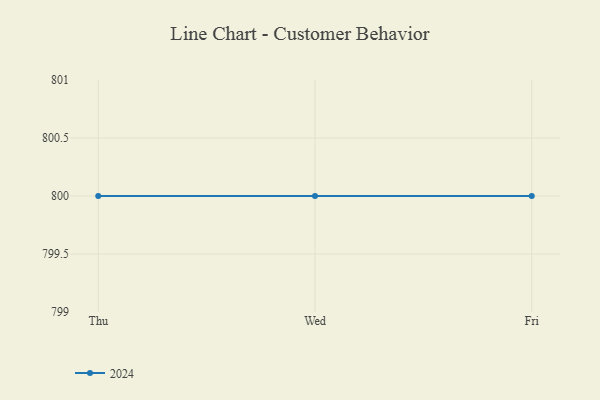
{"axis": {"x": "Day", "y": "Headcount"}, "legend": ["2024"], "data": [{"x": "Thu", "y": 800, "type": "2024"}, {"x": "Wed", "y": 800, "type": "2024"}, {"x": "Fri", "y": 800, "type": "2024"}]}